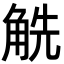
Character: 䚚